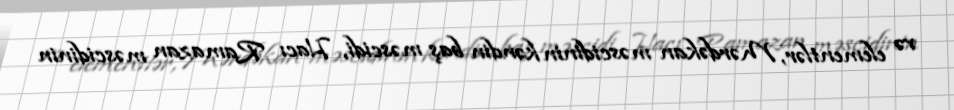
və elementlər, Mərdəkan məscidinin kəndin baş məscidi, Hacı Ramazan məscidinin